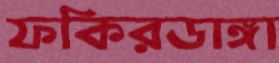
ফকিরডাঙ্গা